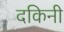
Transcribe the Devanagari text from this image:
दकिनी